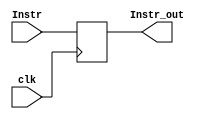
module IFID(clk, Instr, Instr_out);
	input clk;
	input [31:0] Instr;
	output reg [31:0] Instr_out;
	always @(posedge clk) begin
		Instr_out = Instr;
	end
endmodule